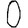
Digit: 0